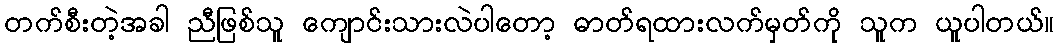
တက်စီးတဲ့အခါ ညီဖြစ်သူ ကျောင်းသားလဲပါတော့ ဓာတ်ရထားလက်မှတ်ကို သူက ယူပါတယ်။